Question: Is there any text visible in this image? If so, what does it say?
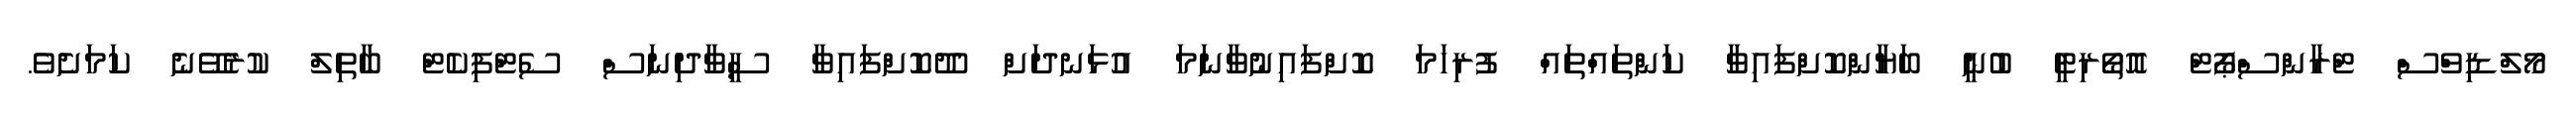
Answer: މޯލްޑިވްސް ޓްރާންސްޕޯޓް އޮތޯރިޓީ ބުނީ ބަޔާންކޮށްފައިވާ ކަންތައްތައް ފުރިހަމަ ކޮށްފައިނުވާނަމަ އުޅަނދަށް ދޫކޮށްފައިވާ ސީވާދިނަސް ސެޓްފިކެޓް ބާތިލް ކުރެވޭނެ ކަމަށެވެ.